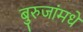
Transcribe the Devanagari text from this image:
बुरुजांमधे